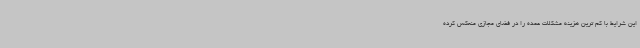
این شرایط با کم ترین هزینه مشکلات عمده را در فضای مجازی منعکس کرده